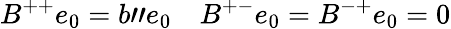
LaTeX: B^{++}e_{0}=b"e_{0}\quad B^{+-}e_{0}=B^{-+}e_{0}=0